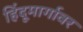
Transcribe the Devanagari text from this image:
हिंदूमार्गावर